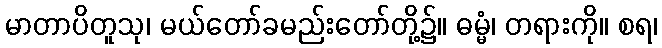
မာတာပိတူသု၊ မယ်တော်ခမည်းတော်တို့၌။ ဓမ္မံ၊ တရားကို။ စရ၊